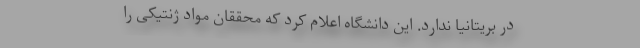
در بریتانیا ندارد. این دانشگاه اعلام کرد که محققان مواد ژنتیکی را